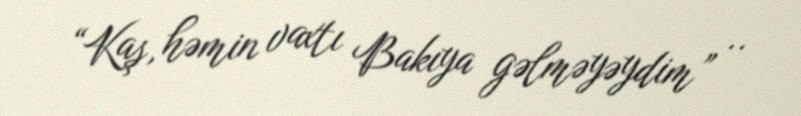
“Kaş, həmin vaxtı Bakıya gəlməyəydim” ..